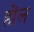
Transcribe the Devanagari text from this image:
होंल